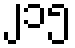
၂၁၅